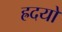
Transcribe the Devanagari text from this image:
ह्रदयों